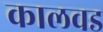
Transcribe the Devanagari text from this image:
कालवड